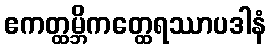
ဧကတ္ထမ္ဘိကတ္ထေရဿာပဒါနံ